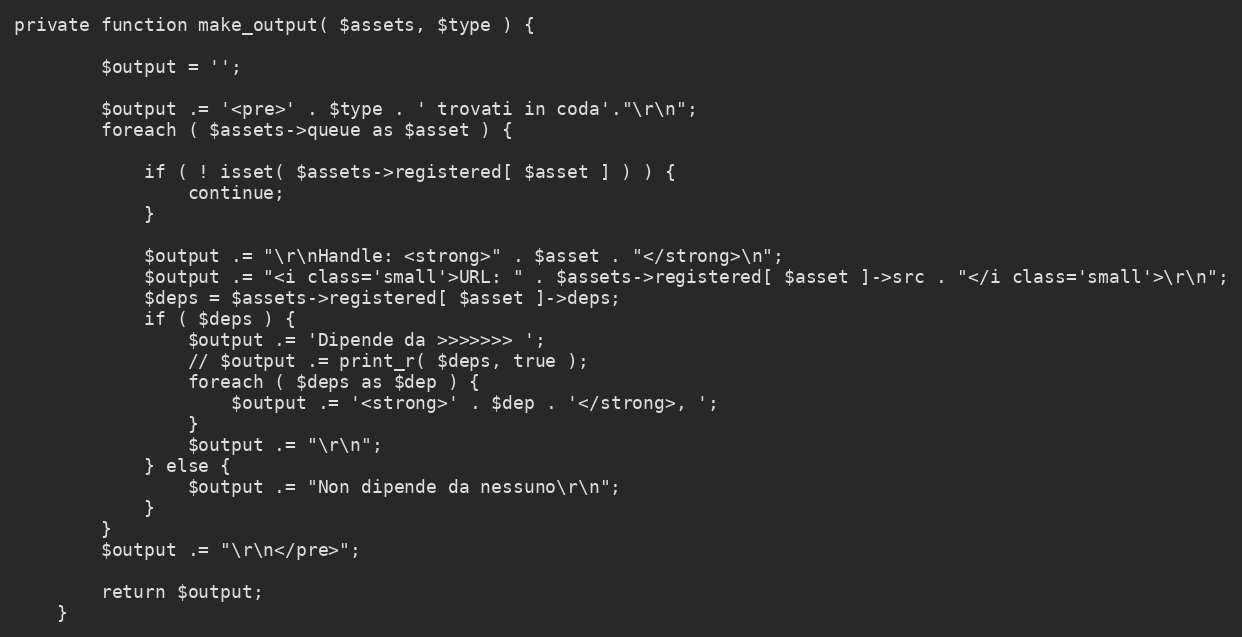
Language: PHP
private function make_output( $assets, $type ) {

		$output = '';

		$output .= '<pre>' . $type . ' trovati in coda'."\r\n";
		foreach ( $assets->queue as $asset ) {

			if ( ! isset( $assets->registered[ $asset ] ) ) {
				continue;
			}

			$output .= "\r\nHandle: <strong>" . $asset . "</strong>\n";
			$output .= "<i class='small'>URL: " . $assets->registered[ $asset ]->src . "</i class='small'>\r\n";
			$deps = $assets->registered[ $asset ]->deps;
			if ( $deps ) {
				$output .= 'Dipende da >>>>>>> ';
				// $output .= print_r( $deps, true );
				foreach ( $deps as $dep ) {
					$output .= '<strong>' . $dep . '</strong>, ';
				}
				$output .= "\r\n";
			} else {
				$output .= "Non dipende da nessuno\r\n";
			}
		}
		$output .= "\r\n</pre>";

		return $output;
	}